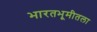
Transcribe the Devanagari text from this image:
भारतभूमीतला